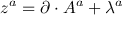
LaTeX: { z } ^ { a } = \partial \cdot A ^ { a } + \lambda ^ { a }